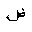
Letter: _dad